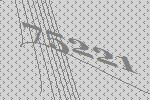
75221